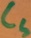
Text: CS